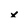
Character: x